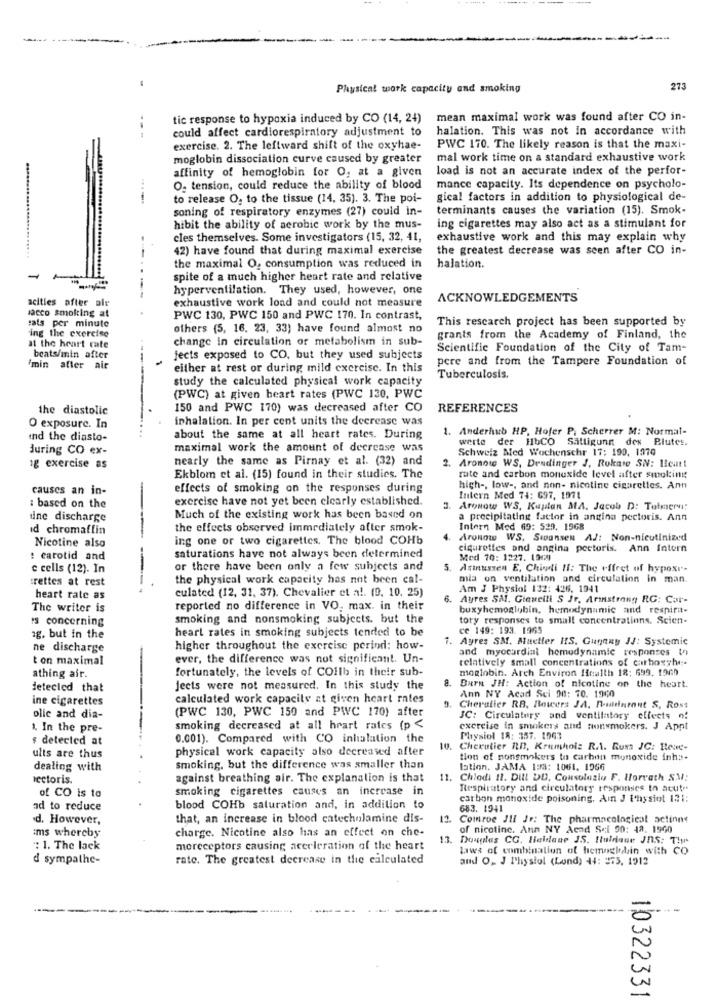
Physical work capacity and smoking
273
tic response to hypoxia induced by CO (14, 24)
mean maximal work was found after CO in-
could affect cardiorespiratory adjustment to
halation. This was not in accordance with
exercise. 2. The leftward shift of the oxyhae-
PWC 170. The likely reason is that the maxi-
moglobin dissociation curve caused by greater
mal work time on a standard exhaustive work
affinity of hemoglobin for O, at a given
load is not an accurate index of the perfor-
O. tension, could reduce the ability of blood
mance capacity. Its dependence on psycholo-
to release O, to the tissue (14, 35). 3. The poi-
gical factors in addition to physiological de-
soning of respiratory enzymes (27) could in-
terminants causes the variation (15). Smok-
....
hibit the ability of aerobic work by the mus-
ing cigarettes may also act as a stimulant for
cles themselves. Some investigators (15, 32, 41,
exhaustive work and this may explain why
42) have found that during maximal exercise
the greatest decrease was seen after CO in-
the maximal O, consumption was reduced in
halation.
-
spite of a much higher heart rate and relative
hyperventilation. They used, however, one
acities after alr
exhaustive work load and could not measure
ACKNOWLEDGEMENTS
sacco smoking at
:ats per minute
PWC 130, PWC 150 and PWC 170. In contrast,
This research project has been supported by
ing the exercise
others (5, 16. 23, 33) have found almost no
change in circulation or metabolism in sub-
grants from the Academy of Finland, the
at the heart rate
Scientific Foundation of the City of Tam-
beats/min after
jects exposed to CO, but they used subjects
pere and from the Tampere Foundation of
min after air
either at rest or during mild exercise. In this
study the calculated physical work capacity
Tuberculosis.
(PWC) at given heart rates (PWC 130, PWC
the diastolic
150 and PWC 170) was decreased after CO
REFERENCES
inhalation. In per cent units the deerease was
O exposure. In
1. Anderhub HP. Hofer P. Scherrer M: Normal-
ind the diasto-
about the same at all heart rates. During
werte der HbCO Sattigunn des Blutes.
during CO ex-
maximal work the amount of decrease was
Schweiz Med Wochenschr 17: 190, 1970
nearly the same as Pirnay et al. (32) and
1g exercise as
2. Aronowe WS, Dendinger J, Rukare SN: Hcatt
Ekblom et al. (15) found in their studies. The
rate and carbon monoxide level after smoking
causes an in-
effects of smoking on the responses during
high -, low -, and non- nicotine cigarettes. Ann
excreise have not yet been clearly established.
Intern Med 74: 697, 1971
: based on the
Aronow WS. Kaplan MA. Jacob D: Tetmern:
dine discharge
Much of the existing work has been based on
a precipitating factor in angina pectoris. Ann
id chromaffin
the effects observed immediately after smok-
Intern Med 69: 529. 1968
ing one or two cigarettes. The blood COHb
Aronow WS. Swansen AJ: Non-nicutinized
Nicotine also
cigarettes and angina pectoris. Ann Intern
: carotid and
saturations have not always been determined
Med 70: 1227. 13cm
c cells (12). In
or there have been only a few subjects and
Asinussen E, Chili II: The offret of hypoxi-
irettes at rest
the physical work capacity has not been cal-
mia on ventilation and circulation in man.
culated (12, 31, 37). Chevalier et al. (9. 10. 25)
Am J Physiol 132: 426. 1941
heart rate as
6. Ayres SM. Gianelli S Jr. Armstrong RG: Car-
The writer is
reported no difference in VO, max. in their
buxyhemoglobin, hemodynamic and respira-
rs concerning
smoking and nonsmoking subjects. but the
tory responses to small concentrations. Scien-
heart rates in smoking subjects tended to be
ce 149: 193. 1965
1g. but in the
i. Ayres SM. Muetter HIS. Guyany JJ: Systemic
ne discharge
higher throughout the excreise period: how-
and myocardial hemodynamic responses In
ton maximal
ever, the difference was not significant. Un-
relatively small concentrations of carboxyhe-
athing air.
fortunately, the levels of COilb in their sub-
moglobin. Arch Environ Health 18: 699. 19ch
8.
detected that
Jects were not measured. In this study the
BATH JH: Action of nicotine on the heart.
Ann NY Acad Sci 08: 70. 1960
ine cigarettes
calculated work capacity at given heart rates
Cheruller RB. Bowers JA, Rudinmont S, Ross
olic and dia-
(PWC 130, PWC 150 and PWC 170) after
JC: Circulatory and ventilatory effects of
1. In the pre-
smoking decreased at all hrart rates (p <
exercise in smokers and nonsmokers. J Appt
$ detected at
0.001). Compared with CO inhalation the
Physiol 18: 357. 1963
physical work capacity also decreand after
10.
Chevalier RD, Krumholz R.A. Russ JC: Reue-
ults are thus
tion of nonsmokers to carbon monoxide inh ;.
dealing with
smoking, but the difference was smaller than
lation. JAMA 198: 1061. 1966
Icetoris.
against breathing air. The explanation is that
11.
Chiodi 11. Dill DD, Consolazlo F. Horvath SM:
of CO is to
smoking cigarettes causes an increase in
Respiratory and circulatory responses In acute
carbon monoxide poisoning. Am J thysiot 121:
ad to reduce
blood COHb saturation and, in addition to
683. 1941
d. However,
that, an increase in blood catecholamine dis-
12
Comroe JII Jr: The pharmacological actinne
ims whereby
charge. Nicotine also has an effect on che-
of nicotine. Ann NY Acad Sci 90: 48. 1960
13.
Douglas CG. Haldane JS. Iluldiane JnS: The
": 1. The lack
moreceptors causing acceleration of the heart
Laws of combination of hemoglobin with CO
d sympathe-
rate. The greatest decrease in the calculated
and O. J Physiol (Lond) 44: 275, 1912
--
10322331